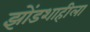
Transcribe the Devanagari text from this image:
झोंडशाहीला